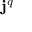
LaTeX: { \bf { j } } ^ { q }